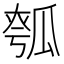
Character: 𤬄